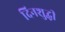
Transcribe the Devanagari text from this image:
दिनशुद्धी